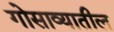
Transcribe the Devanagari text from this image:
गोसाव्यातील